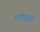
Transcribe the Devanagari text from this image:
लॉड्स